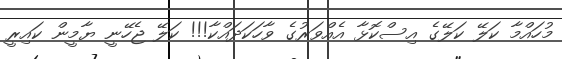
މުހައްމާ ކަލޭ ކަލޭގެ އިސްކޮޅާ އެއްވަރުގެ ވާހަކަދައްކާ!!! ކަލޭ ޖެހޭނީ ޔާމީން ކައިރީ